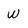
Character: W